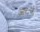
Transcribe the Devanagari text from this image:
आर॰जे॰